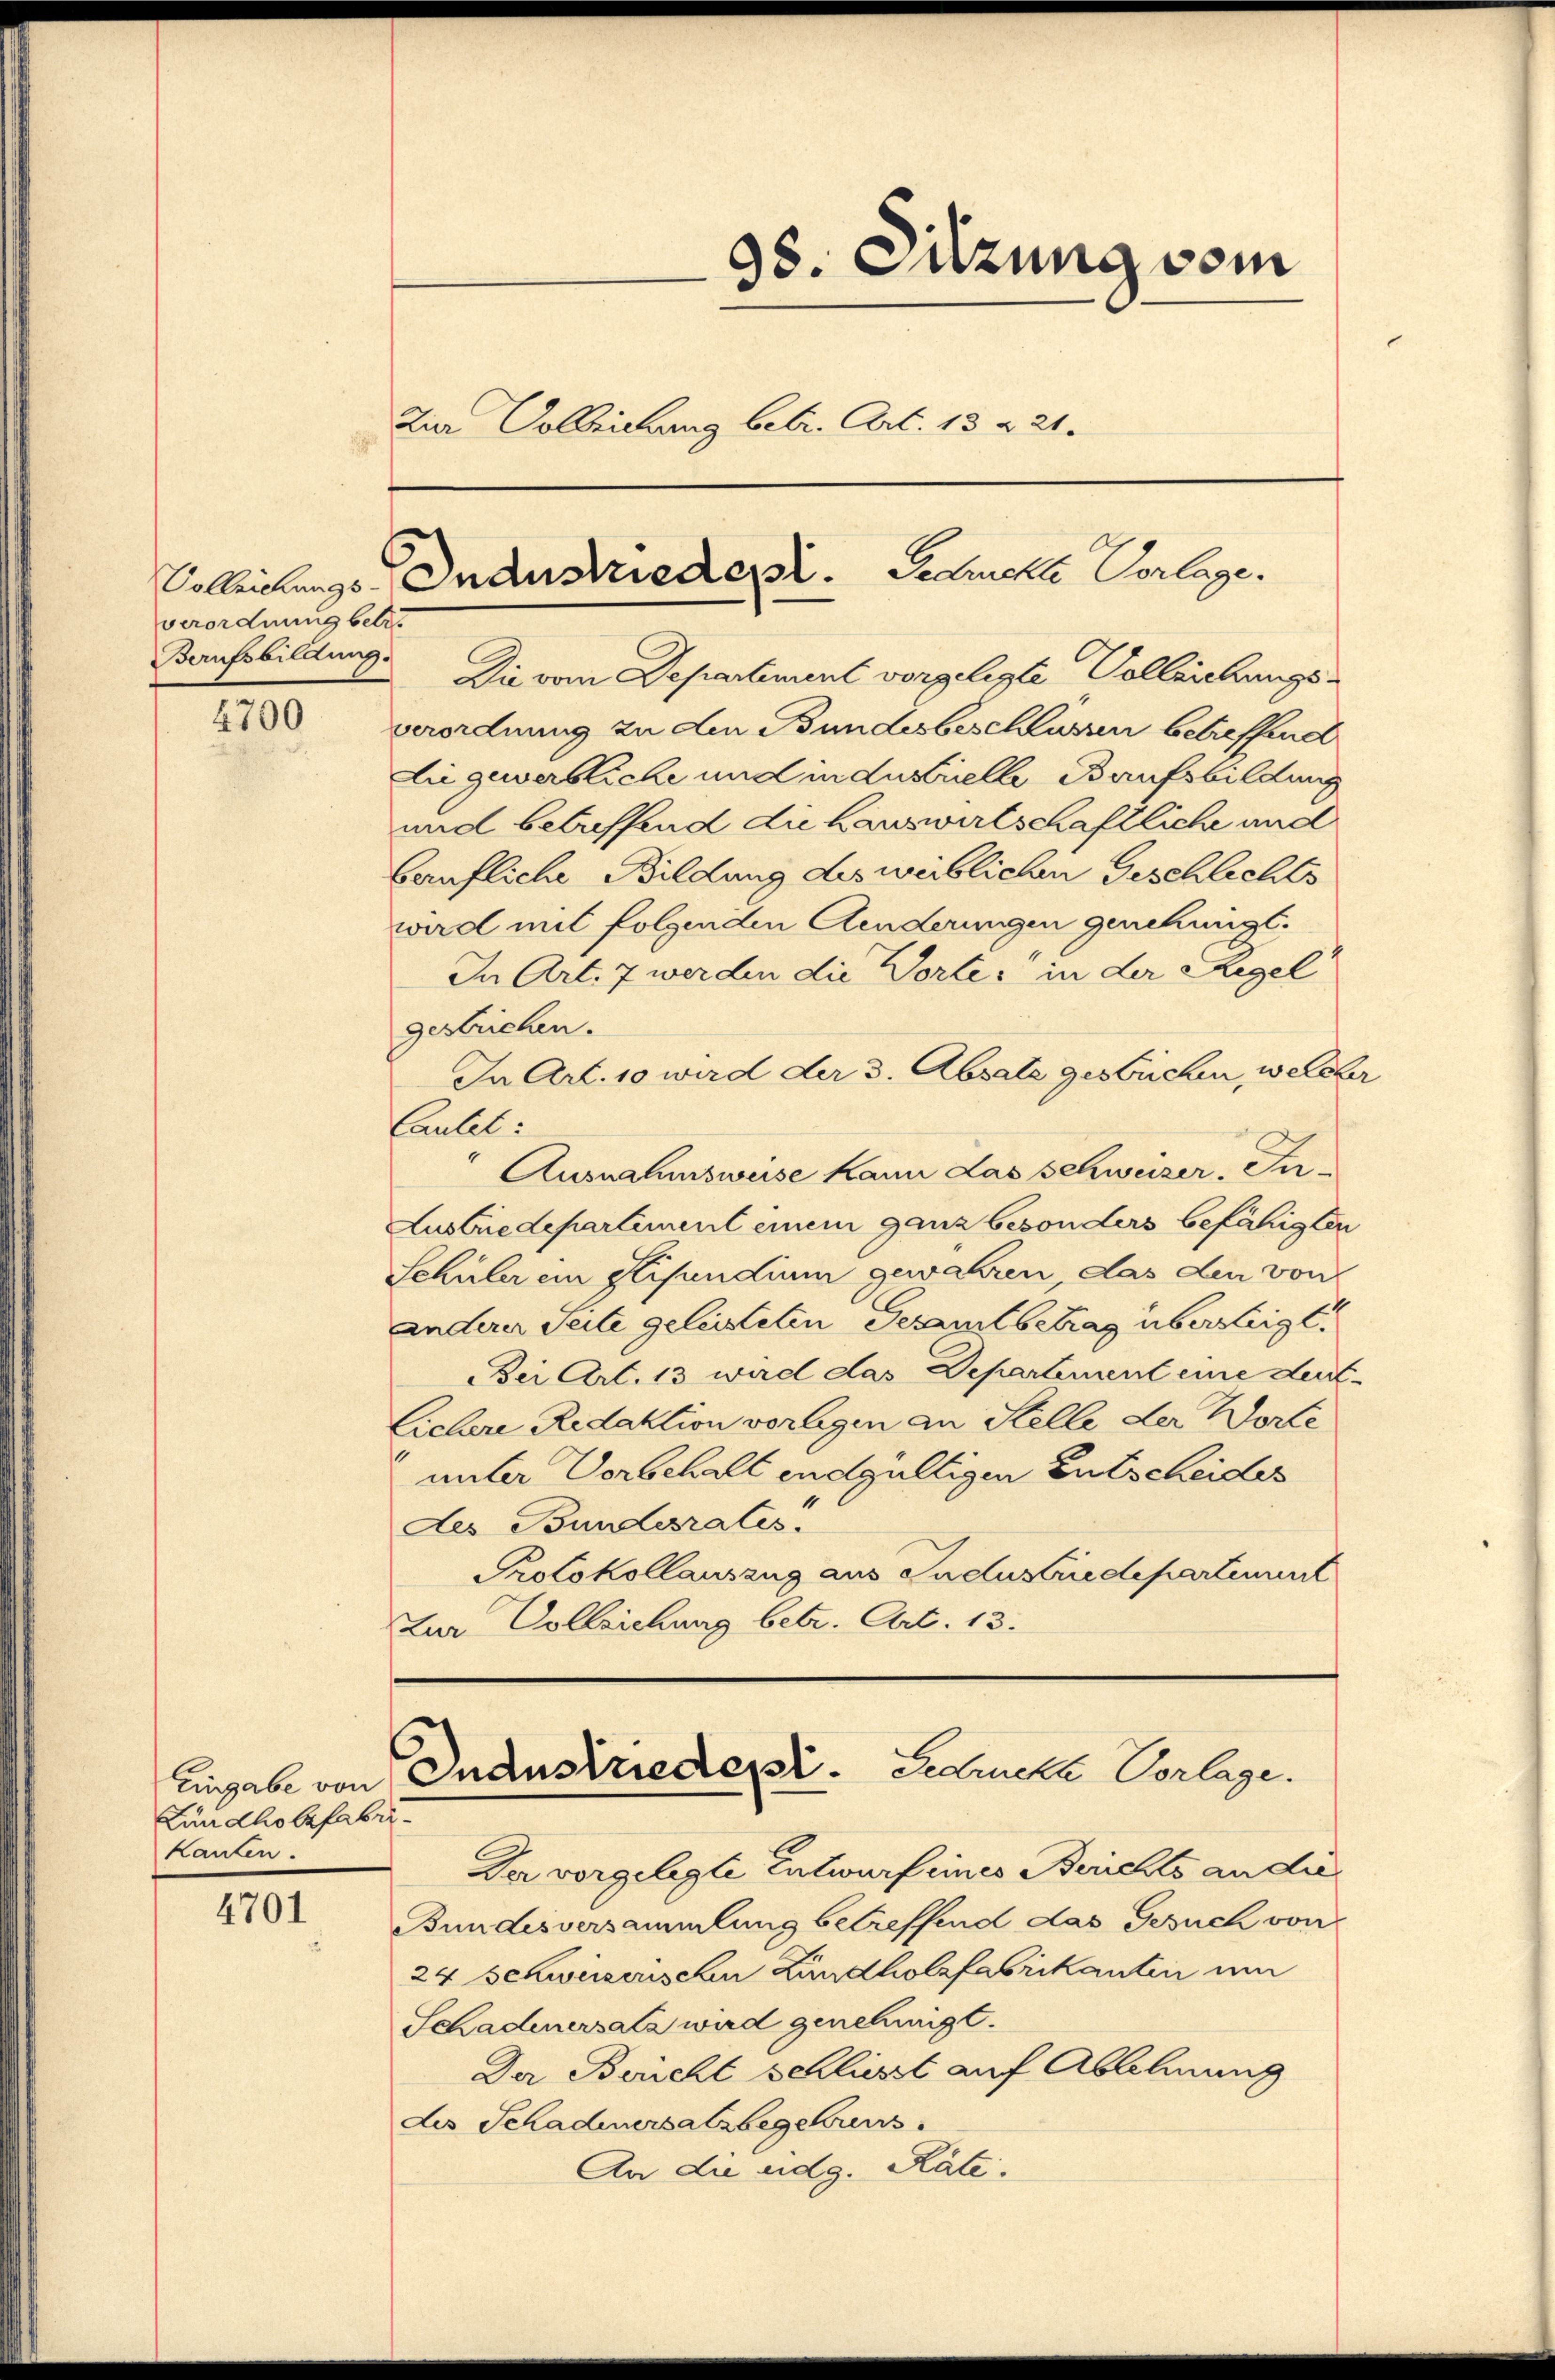
verordnung betr.
Berufsbildung.

4700

Lündholzfabrikanten.

4701

38. Sitzung vom
Zia Colleichung betr. Art. 18 & 21.

Solleichungs-Industrieder. Schuchte Verlage.

Die vom Departement vorgelegte Volleichungsverordnung zu den Bundesbeschlussen betreffend
be gewerbliche und in du vielle Baufsbildung
und betreffend die Hauswirtschaftliche und
bäufliche Bildung des weiblichen Geschlichts
wird mit folgenden Aenderungen genehmigt.
In Art. 7 werden die Wortes in der Regel
gestrichen.
In Art. 10 wird der 3. Absale gestrichen, welcher
Cautet:
Ausnahmsweise kann das Schweizer-Se-
Ausbredepartiment einem ganz besonders befähigten
Schüler ein Stipendium gewähren, das den von
anderer Seite geleisteten Gesamtbetrag übersteigt.
Bei Art. 13 wird das Departement eine deut-
Liebere Redaktion vorlegen an Stelle der Worte
unter Vorbehalt endgültigen Entscheides
des Bundesrates.
Protokollauszug aus Industredepartement
Zur Volleichung betr. Art. 13.

Eingabe von Industrieder. Leebruche Vorlage.

Der vorgelegte Entwurf eines Berichts ander
Bundesversammlung betreffend das Gesuch von
24 Schweizerischen Landholzfabrikanten um
Schadenersatz wird genehmigt.
Da Bericht schliesst auf Ablehnung
des Schadenersalzbegebens
An die eidg. Räte.